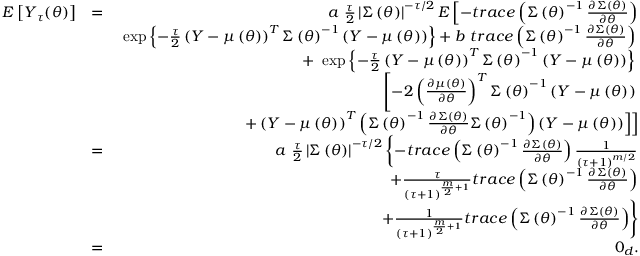
\begin{array} { r l r } { E \left[ \boldsymbol { Y } _ { \tau } ( \boldsymbol { \theta } ) \right] } & { = } & { a \mathrm { ~ } \frac { \tau } { 2 } \left\vert \boldsymbol { \Sigma } \left( \boldsymbol { \theta } \right) \right\vert ^ { - \tau / 2 } E \left[ - t r a c e \left( \boldsymbol { \Sigma } \left( \boldsymbol { \theta } \right) ^ { - 1 } \frac { \partial \boldsymbol { \Sigma } \left( \boldsymbol { \theta } \right) } { \partial \boldsymbol { \theta } } \right) \right. } \\ & { } & { \left. \left. \exp \left\{ - \frac { \tau } { 2 } \left( \boldsymbol { Y } - \boldsymbol { \mu } \left( \boldsymbol { \theta } \right) \right) ^ { T } \boldsymbol { \Sigma } \left( \boldsymbol { \theta } \right) ^ { - 1 } \left( \boldsymbol { Y } - \boldsymbol { \mu } \left( \boldsymbol { \theta } \right) \right) \right\} + b \mathrm { ~ } t r a c e \left( \boldsymbol { \Sigma } \left( \boldsymbol { \theta } \right) ^ { - 1 } \frac { \partial \boldsymbol { \Sigma } \left( \boldsymbol { \theta } \right) } { \partial \boldsymbol { \theta } } \right) \right. \right. } \\ & { } & { \left. \left. + \mathrm { ~ } \exp \left\{ - \frac { \tau } { 2 } \left( \boldsymbol { Y } - \boldsymbol { \mu } \left( \boldsymbol { \theta } \right) \right) ^ { T } \boldsymbol { \Sigma } \left( \boldsymbol { \theta } \right) ^ { - 1 } \left( \boldsymbol { Y } - \boldsymbol { \mu } \left( \boldsymbol { \theta } \right) \right) \right\} \right. \right. } \\ & { } & { \left. \left[ - 2 \left( \frac { \partial \boldsymbol { \mu } \left( \boldsymbol { \theta } \right) } { \partial \boldsymbol { \theta } } \right) ^ { T } \boldsymbol { \Sigma } \left( \boldsymbol { \theta } \right) ^ { - 1 } \left( \boldsymbol { Y } - \boldsymbol { \mu } \left( \boldsymbol { \theta } \right) \right) \right. \right. } \\ & { } & { \left. \left. + \left( \boldsymbol { Y } - \boldsymbol { \mu } \left( \boldsymbol { \theta } \right) \right) ^ { T } \left( \boldsymbol { \Sigma } \left( \boldsymbol { \theta } \right) ^ { - 1 } \frac { \partial \boldsymbol { \Sigma } \left( \boldsymbol { \theta } \right) } { \partial \boldsymbol { \theta } } \boldsymbol { \Sigma } \left( \boldsymbol { \theta } \right) ^ { - 1 } \right) \left( \boldsymbol { Y } - \boldsymbol { \mu } \left( \boldsymbol { \theta } \right) \right) \right] \right] } \\ & { = } & { a \mathrm { ~ } \frac { \tau } { 2 } \left\vert \boldsymbol { \Sigma } \left( \boldsymbol { \theta } \right) \right\vert ^ { - \tau / 2 } \left\{ - t r a c e \left( \boldsymbol { \Sigma } \left( \boldsymbol { \theta } \right) ^ { - 1 } \frac { \partial \boldsymbol { \Sigma } \left( \boldsymbol { \theta } \right) } { \partial \boldsymbol { \theta } } \right) \frac { 1 } { \left( \tau + 1 \right) ^ { m / 2 } } \right. } \\ & { } & { \left. + \frac { \tau } { \left( \tau + 1 \right) ^ { \frac { m } { 2 } + 1 } } t r a c e \left( \boldsymbol { \Sigma } \left( \boldsymbol { \theta } \right) ^ { - 1 } \frac { \partial \boldsymbol { \Sigma } \left( \boldsymbol { \theta } \right) } { \partial \boldsymbol { \theta } } \right) \right. } \\ & { } & { \left. + \frac { 1 } { \left( \tau + 1 \right) ^ { \frac { m } { 2 } + 1 } } t r a c e \left( \boldsymbol { \Sigma } \left( \boldsymbol { \theta } \right) ^ { - 1 } \frac { \partial \boldsymbol { \Sigma } \left( \boldsymbol { \theta } \right) } { \partial \boldsymbol { \theta } } \right) \right\} } \\ & { = } & { \boldsymbol { 0 } _ { d } . } \end{array}